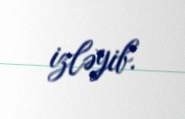
izləyib.